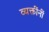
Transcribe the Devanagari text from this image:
व्यक्तींनीं